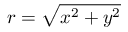
r = \sqrt { x ^ { 2 } + y ^ { 2 } }